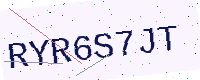
Text: RYR6S7JT